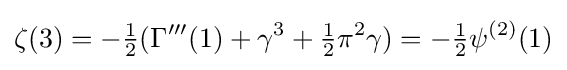
\zeta (3)=-{\tfrac {1}{2}}(\Gamma '''(1)+\gamma ^{3}+{\tfrac {1}{2}}\pi ^{2}\gamma )=-{\tfrac {1}{2}}\psi ^{(2)}(1)